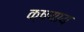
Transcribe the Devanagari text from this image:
क्षयाय